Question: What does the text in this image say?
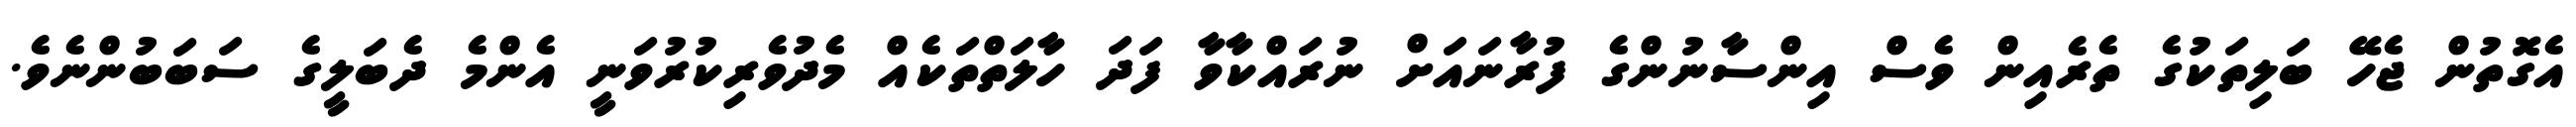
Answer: އެގޮތުން ޖެހޭ ބަލިތަކުގެ ތެރެއިން ވެސް އިންސާނުންގެ ފުރާނައަށް ނުރައްކާވާ ފަދަ ހާލަތްތަކެއް މެދުވެރިކުރުވަނީ އެންމެ ދެބަލީގެ ސަބަބުންނެވެ.